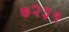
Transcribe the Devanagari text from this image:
७२३१